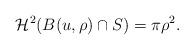
LaTeX: \begin{align*} \mathcal{H}^{2}(B(u,\rho) \cap S)= \pi {\rho}^{2}. \end{align*}